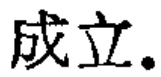
成立。